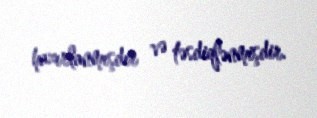
hazırlanmışdır və təsdiqlənmişdir.